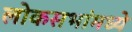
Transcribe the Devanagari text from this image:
लोकसभांमध्ये